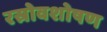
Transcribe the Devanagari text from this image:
रस्रोवशोषण